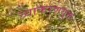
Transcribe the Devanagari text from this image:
व्याकरणयुक्त